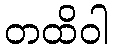
တထိဝါ